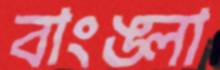
বাংঙ্লা